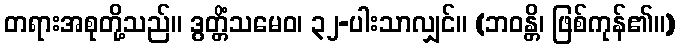
တရားအစုတို့သည်။ ဒွတ္တိံသမေဝ၊ ၃၂-ပါးသာလျှင်။ (ဘဝန္တိ၊ ဖြစ်ကုန်၏။)